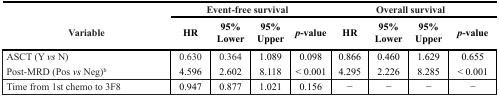
|  | <COLSPAN=4> Event-free survival | <COLSPAN=4> Overall survival |
 | Variable | HR | 95% Lower | 95% Upper | p-value | HR | 95% Lower | 95% Upper | p-value |
 | --- | --- | --- | --- | --- | --- | --- | --- | --- |
 | ASCT (Y vs N) | 0.630 | 0.364 | 1.089 | 0.098 | 0.866 | 0.460 | 1.629 | 0.655 |
 | Post-MRD (Pos vs Neg)b | 4.596 | 2.602 | 8.118 | < 0.001 | 4.295 | 2.226 | 8.285 | < 0.001 |
 | Time from 1st chemo to 3F8 | 0.947 | 0.877 | 1.021 | 0.156 | − | − | − | − |